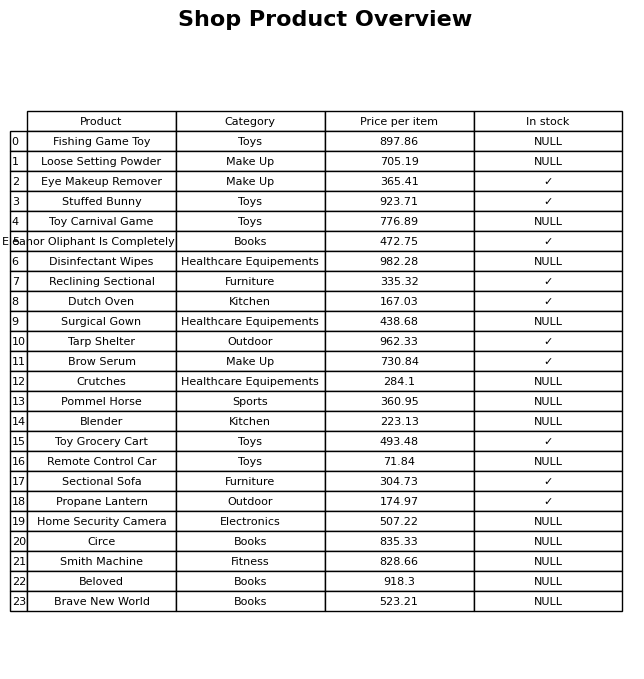
question: What is the price for Disinfectant Wipes?
answer: The price of Disinfectant Wipes is 982.28.